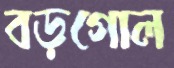
বড়গোল